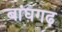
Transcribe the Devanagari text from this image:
बांघगढ़